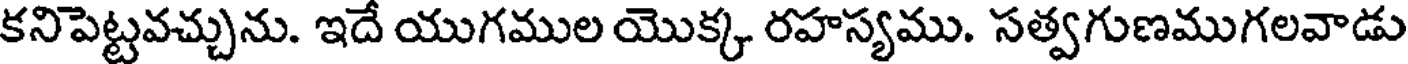
కనిపెట్టవచ్చును. ఇదే యుగముల యొక్క రహస్యము. సత్వగుణముగలవాడు